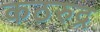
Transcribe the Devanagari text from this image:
कठरुद्र